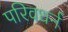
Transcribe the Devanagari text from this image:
परिवधर्न